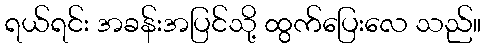
ရယ်ရင်း အခန်းအပြင်သို့ ထွက်ပြေးလေ သည်။